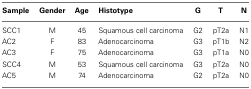
<table><thead><tr><td><b>Sample</b></td><td><b>Gender</b></td><td><b>Age</b></td><td><b>Histotype</b></td><td><b>G</b></td><td><b>T</b></td><td><b>N</b></td></tr></thead><tbody><tr><td>SCC1</td><td>M</td><td>45</td><td>Squamous cell carcinoma</td><td>G2</td><td>pT2a</td><td>N1</td></tr><tr><td>AC2</td><td>F</td><td>83</td><td>Adenocarcinoma</td><td>G3</td><td>pT1b</td><td>N2</td></tr><tr><td>AC3</td><td>F</td><td>75</td><td>Adenocarcinoma</td><td>G3</td><td>pT1a</td><td>N0</td></tr><tr><td>SCC4</td><td>M</td><td>53</td><td>Squamous cell carcinoma</td><td>G3</td><td>pT2a</td><td>N0</td></tr><tr><td>AC5</td><td>M</td><td>74</td><td>Adenocarcinoma</td><td>G2</td><td>pT2a</td><td>N0</td></tr></tbody></table>